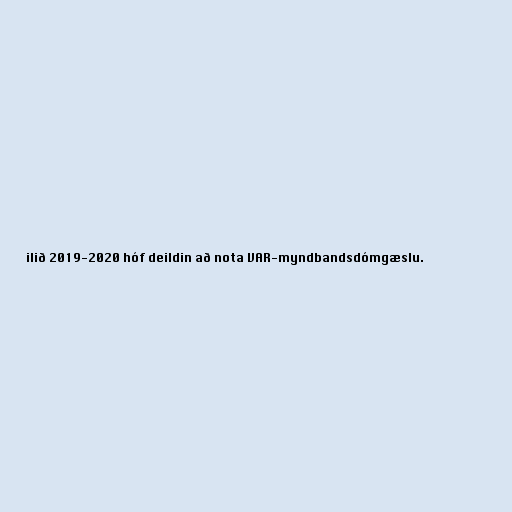
ilið 2019-2020 hóf deildin að nota VAR-myndbandsdómgæslu.